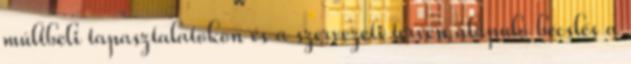
múltbeli tapasztalatokon és a szervezeti terven alapuló becslés a